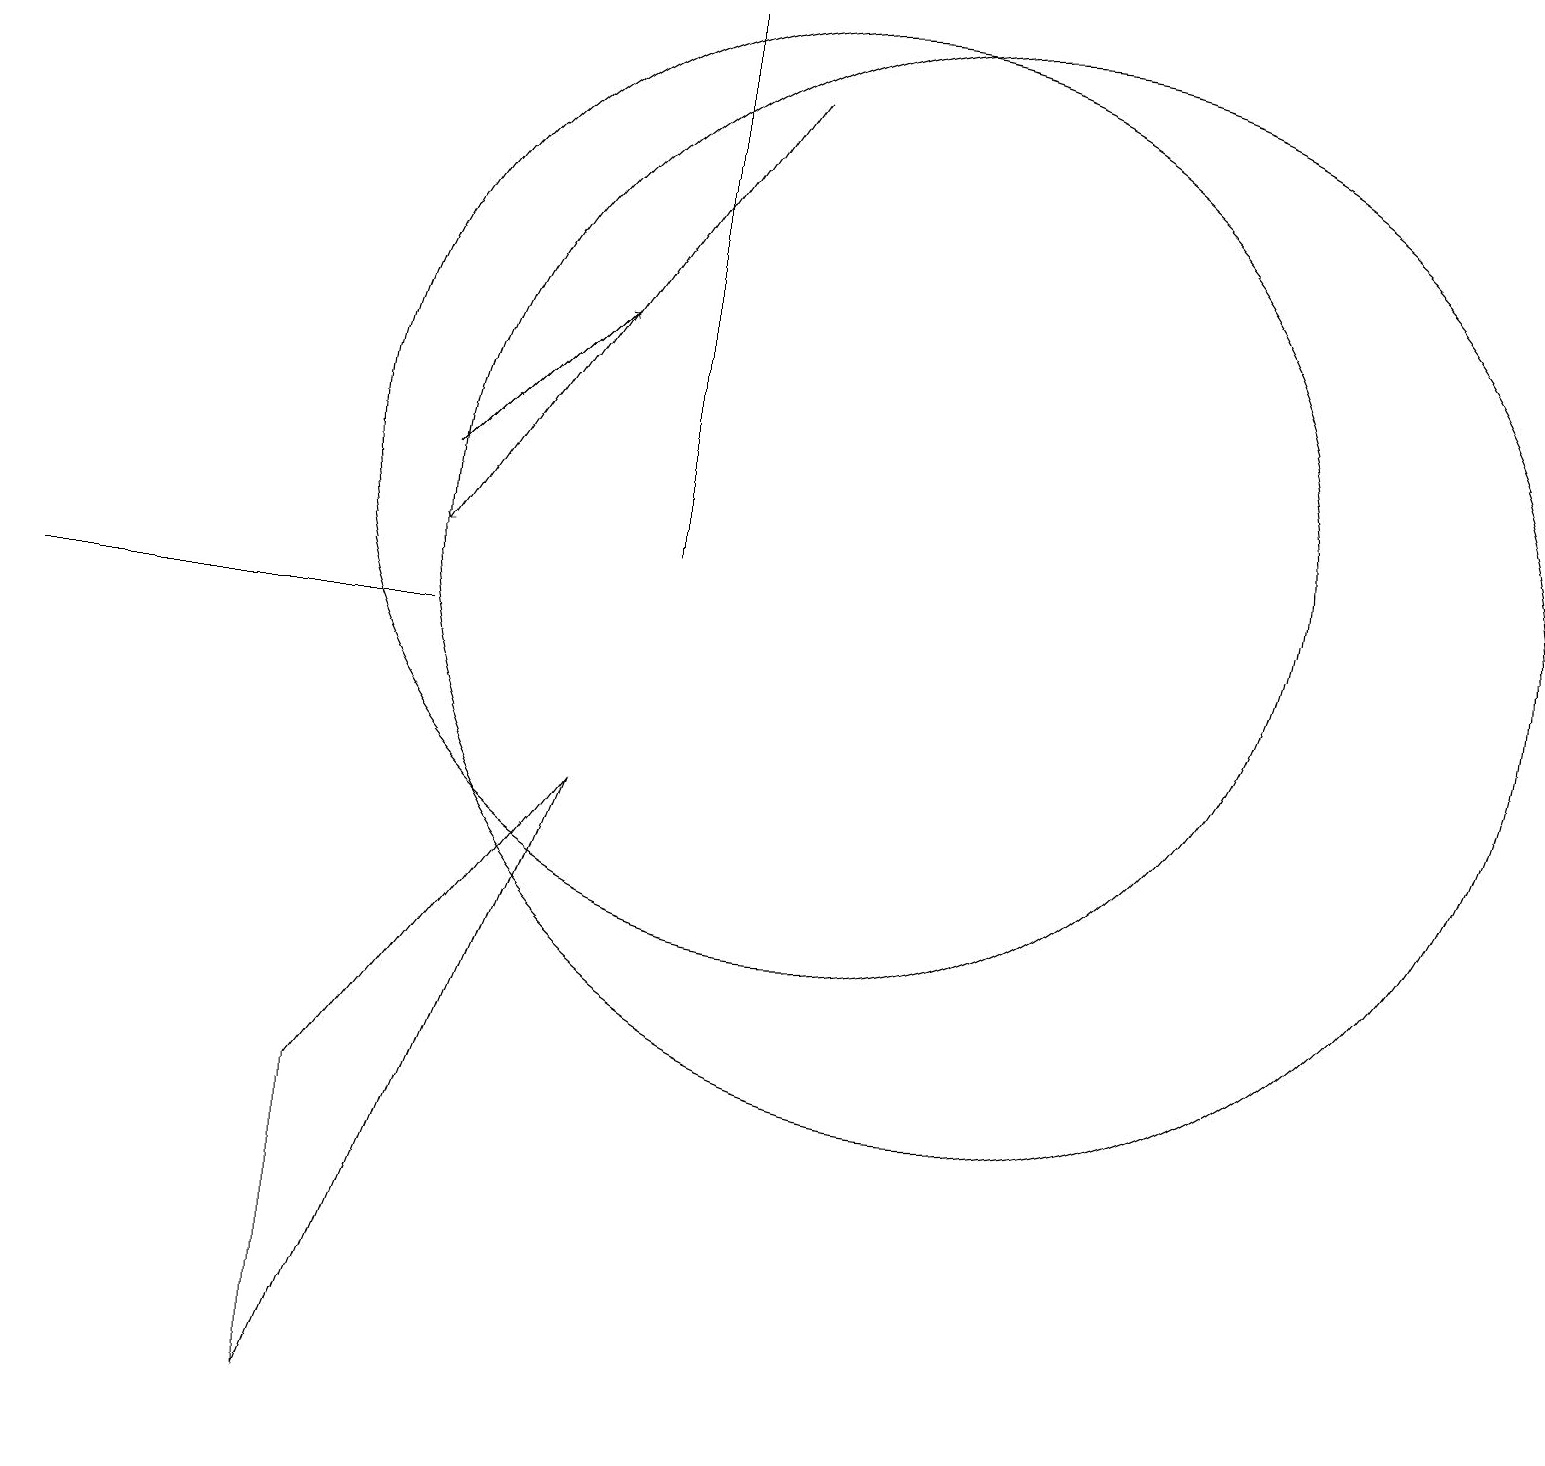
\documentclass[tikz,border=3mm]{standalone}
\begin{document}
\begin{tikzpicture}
\draw (10,12) circle (6);
\draw (4,0) -- (4,4) -- (7,8) -- cycle;
\draw[->] (9,17) -- (5,11);
\draw (11,11) circle (0);
\draw (5,10) rectangle (0,10);
\draw (12,11) circle (7);
\draw (8,11) rectangle (8,18);
\draw[->] (5,12) -- (7,14);
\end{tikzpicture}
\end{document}